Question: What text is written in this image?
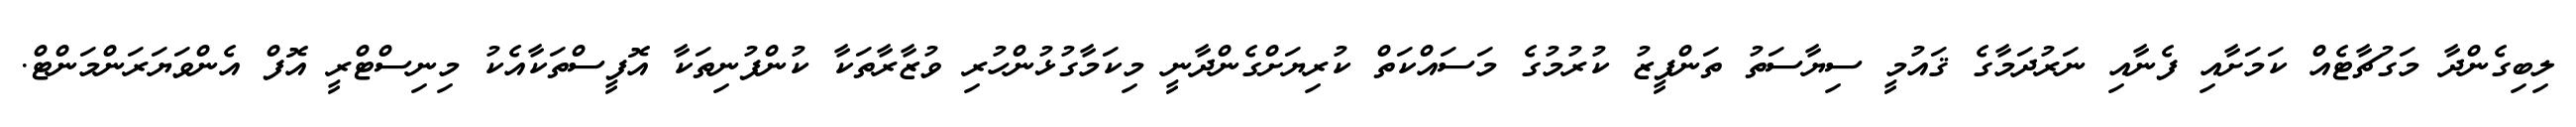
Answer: ލިބިގެންދާ މަގުޗާޓެއް ކަމަށާއި ފެނާއި ނަރުދަމާގެ ޤައުމީ ސިޔާސަތު ތަންފީޒު ކުރުމުގެ މަސައްކަތް ކުރިޔަށްގެންދާނީ މިކަމާގުޅުންހުރި ވުޒާރާތަކާ ކުންފުނިތަކާ އޮފީސްތަކާއެކު މިނިސްޓްރީ އޮފް އެންވަޔަރަންމަންޓް.